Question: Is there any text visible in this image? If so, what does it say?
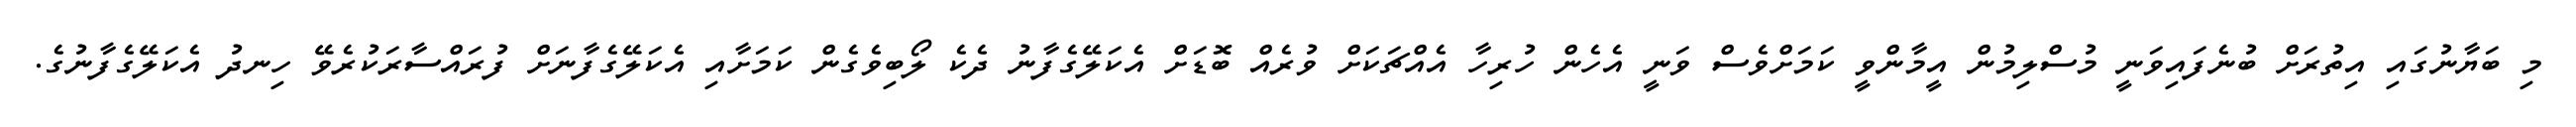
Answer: މި ބަޔާނުގައި އިތުރަށް ބުނެފައިވަނީ މުސްލިމުން އީމާންވީ ކަމަށްވެސް ވަނީ އެހެން ހުރިހާ އެއްޗަކަށް ވުރެއް ބޮޑަށް އެކަލޭގެފާނު ދެކެ ލޯބިވެގެން ކަމަށާއި އެކަލޭގެފާނަށް ފުރައްސާރަކުރެވޭ ހިނދު އެކަލޭގެފާނުގެ.